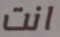
انت